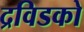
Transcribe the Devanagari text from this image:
द्रविडको